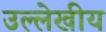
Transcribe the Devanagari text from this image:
उल्लेखीय